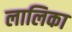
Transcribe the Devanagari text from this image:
लालिका